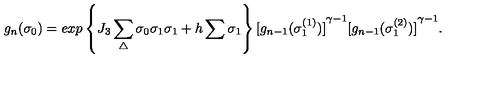
g _ { n } ( { \sigma } _ { 0 } ) = e x p \left\{ J _ { 3 } \sum _ { \triangle } { \sigma } _ { 0 } { \sigma } _ { 1 } { \sigma } _ { 1 } + h \sum { \sigma } _ { 1 } \right\} { [ g _ { n - 1 } ( { \sigma } _ { 1 } ^ { ( 1 ) } ) ] } ^ { \gamma - 1 } { [ g _ { n - 1 } ( { \sigma } _ { 1 } ^ { ( 2 ) } ) ] } ^ { \gamma - 1 } .